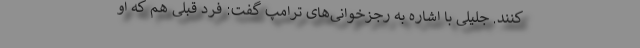
کنند. جلیلی با اشاره به رجزخوانی‌های ترامپ گفت: فرد قبلی هم که او